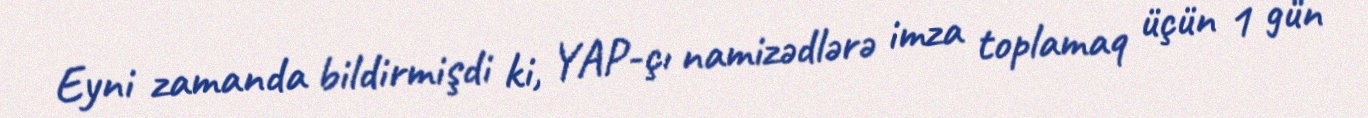
Eyni zamanda bildirmişdi ki, YAP-çı namizədlərə imza toplamaq üçün 1 gün